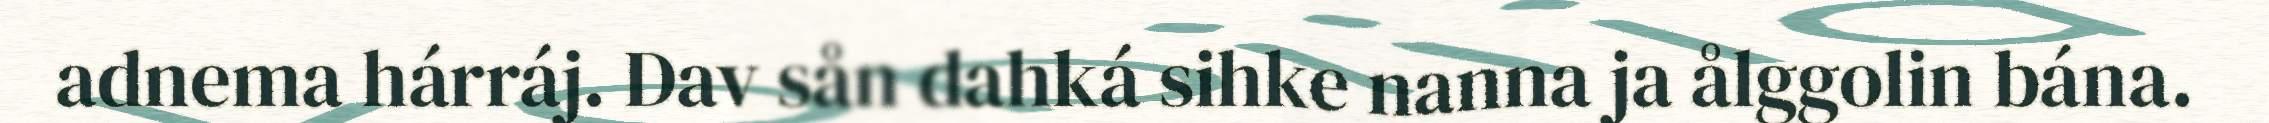
adnema hárráj. Dav sån dahká sihke nanna ja ålggolin bána.